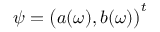
\boldsymbol { \psi } = \bigl ( a ( \omega ) , b ( \omega ) \bigr ) ^ { t }